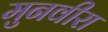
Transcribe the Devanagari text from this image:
मुनवीरा